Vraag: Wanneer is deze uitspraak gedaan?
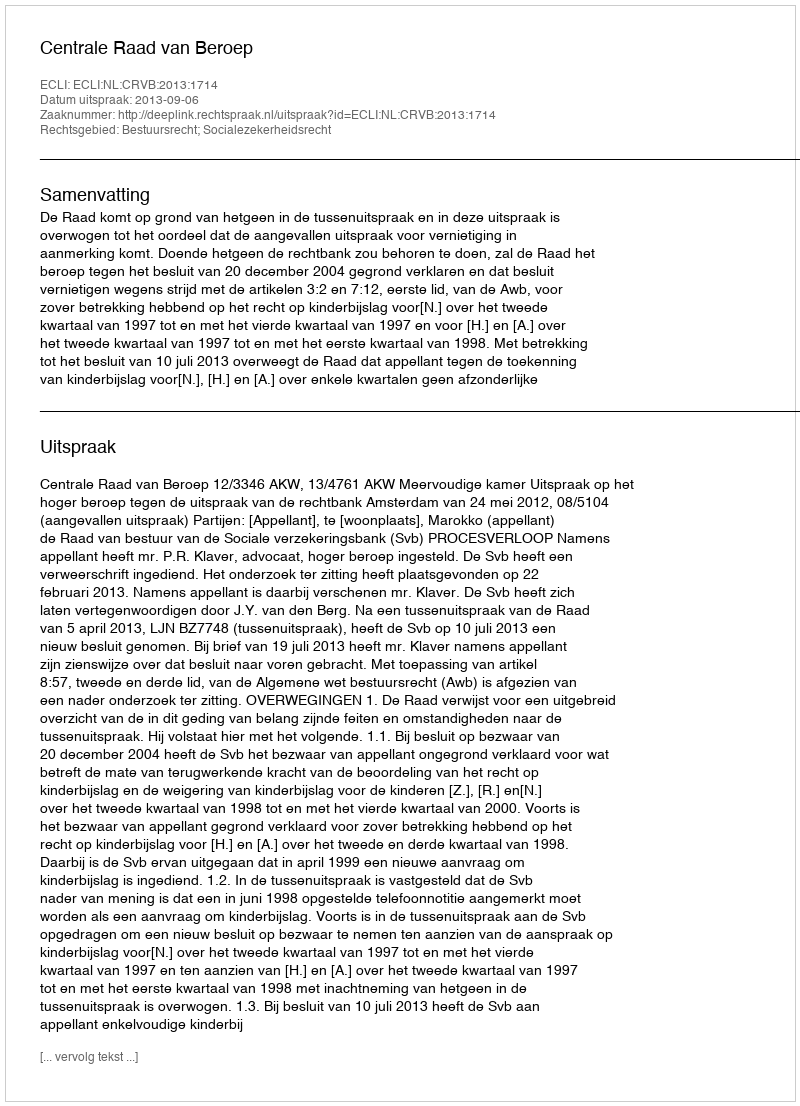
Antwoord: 2013-09-06